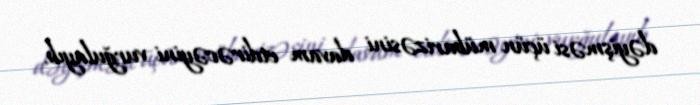
dəyişməsi üçün mübarizəsini davam etdirəcəyini vurğulayıb.